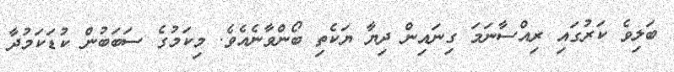
ބަލިވެ ކަރުގައި ރިއްސާނަމަ ގިނައިން ދިޔާ ޔަކެތި ބޯންވާނެއެވެ. މިކަމުގެ ސަބަބުން ކުޑަކަމުދާ